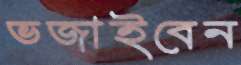
ভজাইবেন